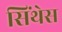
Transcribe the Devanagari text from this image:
सिंथेस